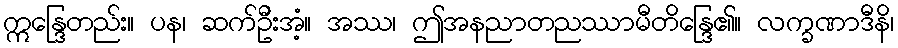
ဣန္ဒြေတည်း။ ပန၊ ဆက်ဦးအံ့။ အဿ၊ ဤအနညာတညဿာမီတိန္ဒြေ၏။ လက္ခဏာဒီနိ၊